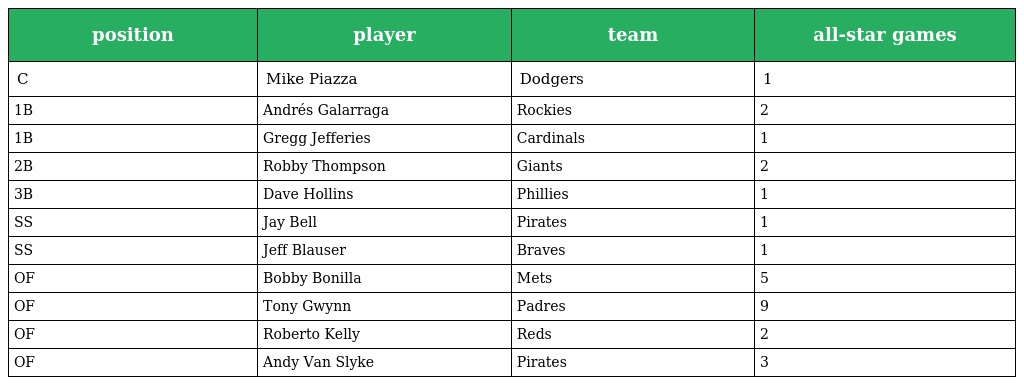
| position | player | team | all-star games |
 | --- | --- | --- | --- |
 | C | Mike Piazza | Dodgers | 1 |
 | 1B | Andrés Galarraga | Rockies | 2 |
 | 1B | Gregg Jefferies | Cardinals | 1 |
 | 2B | Robby Thompson | Giants | 2 |
 | 3B | Dave Hollins | Phillies | 1 |
 | SS | Jay Bell | Pirates | 1 |
 | SS | Jeff Blauser | Braves | 1 |
 | OF | Bobby Bonilla | Mets | 5 |
 | OF | Tony Gwynn | Padres | 9 |
 | OF | Roberto Kelly | Reds | 2 |
 | OF | Andy Van Slyke | Pirates | 3 |